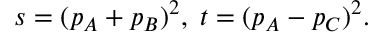
s = ( p _ { A } + p _ { B } ) ^ { 2 } , \; t = ( p _ { A } - p _ { C } ) ^ { 2 } .